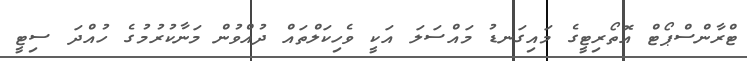
ޓްރާންސްޕޯޓް އޮތޯރިޓީގެ މައިގަނޑު މައްސަލަ އަކީ ވެހިކަލްތައް ދުއްވުން މަނާކުރުމުގެ ހުއްދަ ސިޓީ